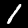
Digit: 1